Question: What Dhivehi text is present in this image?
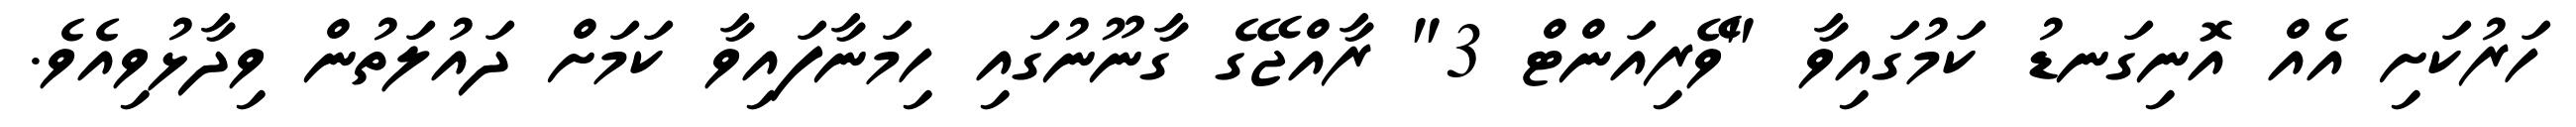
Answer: ހަރުކަށި އެއް އޮނިގަނޑު ކަމުގައިވާ "ވޭރިއަންޓް 3" ރާއްޖޭގެ ގާނޫނުގައި ހިމަނާފައިވާ ކަމަށް ދައުލަތުން ވިދާޅުވިއެވެ.